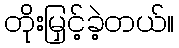
တိုးမြှင့်ခဲ့တယ်။